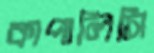
কাপালিসি